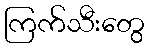
ကြက်သီးတွေ